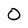
Character: 0